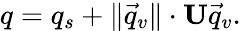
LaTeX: q=q_{s}+\lVert{\vec{q}}_{v}\rVert\cdot\mathbf{U}{\vec{q}}_{v}.